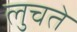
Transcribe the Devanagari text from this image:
लुचते